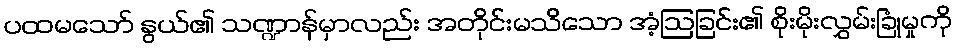
ပထမသော် နွယ်၏ သဏ္ဍာန်မှာလည်း အတိုင်းမသိသော အံ့ဩခြင်း၏ စိုးမိုးလွှမ်းခြုံမှုကို